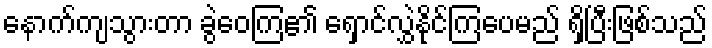
နောက်ကျသွားတာ ခွဲဝေကြ၏ ရှောင်လွှဲနိုင်ကြပေမည် ရှိပြီးဖြစ်သည်